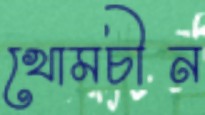
খোমচীন